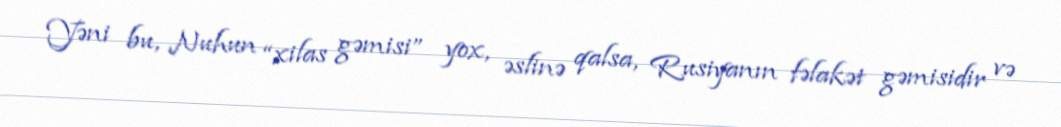
Yəni bu, Nuhun “xilas gəmisi” yox, əslinə qalsa, Rusiyanın fəlakət gəmisidir və